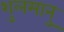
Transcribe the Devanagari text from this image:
शुलमानु